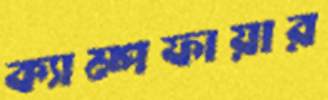
ক্যাম্পফায়ার